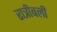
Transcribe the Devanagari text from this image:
रात्रीबली